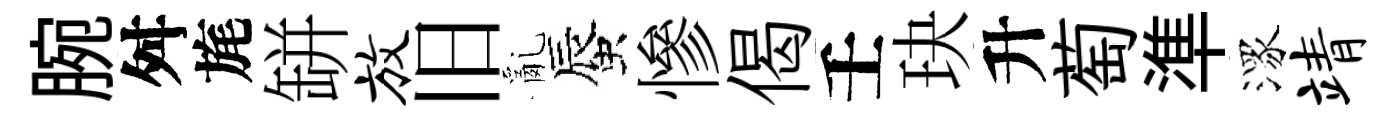
腕舛旄缾放旧亂蜃慘偈壬玦升萄準潈靖